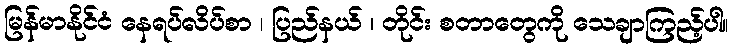
မြန်မာနိုင်ငံ နေရပ်လိပ်စာ ၊ ပြည်နယ် ၊ တိုင်း စတာတွေကို သေချာကြည့်ပါ။